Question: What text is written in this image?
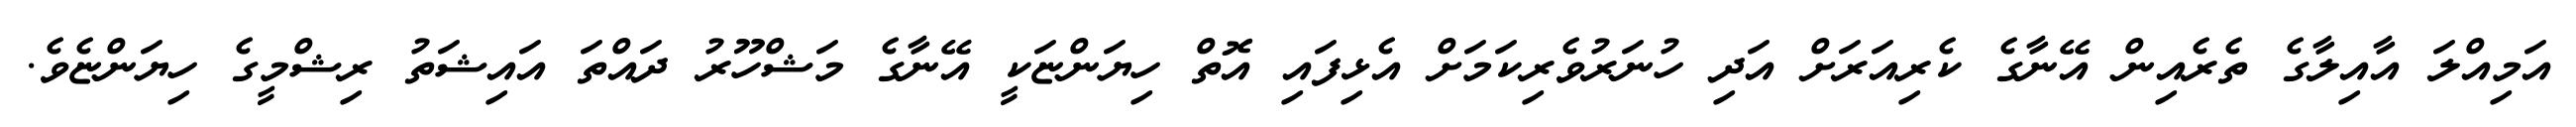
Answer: އަމިއްލަ އާއިލާގެ ތެރެއިން އޭނާގެ ކެރިއަރަށް އަދި ހުނަރުވެރިކަމަށް އެޅިފައި އޮތް ހިޔަންޏަކީ އޭނާގެ މަޝްހޫރު ދައްތަ އައިޝަތު ރިޝްމީގެ ހިޔަންޏެވެ.